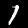
Digit: 1